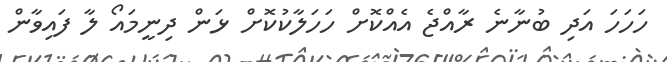
ހަހަހަ އަދި ބުނާނެ ރާއްޖެ އެއްކޮށް ހަހަލާކުކޮށް ޅަން ދިނީމައޯ ލާ ފައިވާން